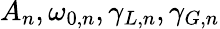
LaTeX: A_{n},\omega_{0,n},\gamma_{L,n},\gamma_{G,n}